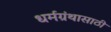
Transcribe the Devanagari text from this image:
धर्मग्रंथासाठी